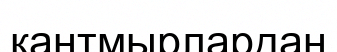
қантмырлардан